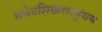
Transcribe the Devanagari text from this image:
संभेदशिखरशत्रुंजय